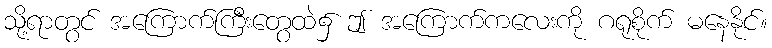
သို့ရာတွင် အကြောက်ကြီးတွေထဲ၌ ဤ အကြောက်ကလေးကို ဂရုစိုက် မနေနိုင်။